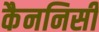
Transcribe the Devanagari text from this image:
कैननिसी